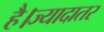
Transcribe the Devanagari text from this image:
है।ज्यादातर